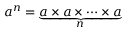
a ^ { n } = \underbrace { a \times a \times \cdots \times a } _ { n }